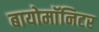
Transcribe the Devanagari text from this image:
बायोमाॅनिटर